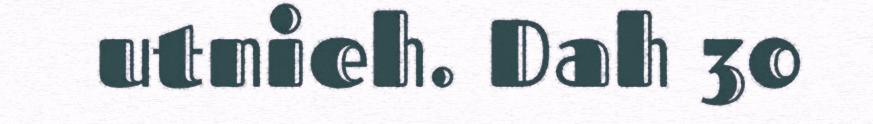
utnieh. Dah 30